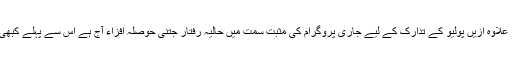
پولیو کے تدارک کے حوالے سے عملی اقدامات اور اس کے نتیجے میں حاصل ہونے والی کامیابیاں، علاوہ ازیں پولیو کے تدارک کے لیے جاری پروگرام کی مثبت سمت میں حالیہ رفتار جتنی حوصلہ افزاء آج ہے اس سے پہلے کبھی نہ تھی تاہم اس کے باوجود پولیو کیسز کی تعداد کو صفر پر لانا ہی پولیو پروگرام کا اصل ہدف ہے۔